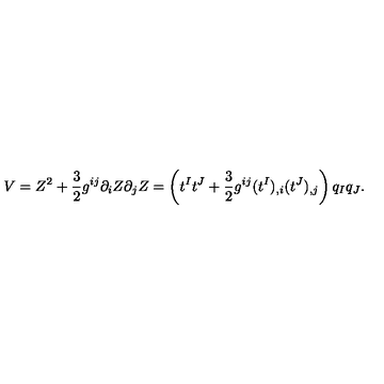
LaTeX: V = Z ^ { 2 } + { \frac { 3 } { 2 } } g ^ { i j } \partial _ { i } Z \partial _ { j } Z = \left( t ^ { I } t ^ { J } + { \frac { 3 } { 2 } } g ^ { i j } ( t ^ { I } ) _ { , i } ( t ^ { J } ) _ { , j } \right) q _ { I } q _ { J } .